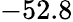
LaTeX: -52.8